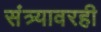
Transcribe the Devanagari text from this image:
संत्र्यावरही